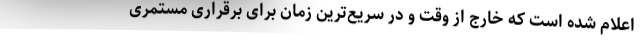
اعلام شده است که خارج از وقت و در سریع‌ترین زمان برای برقراری مستمری